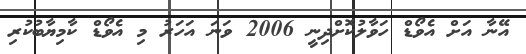
އޭނާ އަށް އެވޯޑް ހަވާލުކޮށްދިނީ 2006 ވަނަ އަހަރު މި އެވޯޑް ކާމިޔާބުކުރި